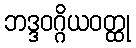
ဘဒ္ဒဝဂ္ဂိယဝတ္ထု